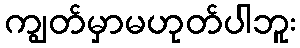
ကျွတ်မှာမဟုတ်ပါဘူး